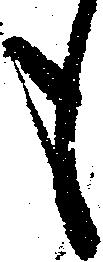
も